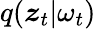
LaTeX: q(\boldsymbol{z}_{t}|\omega_{t})